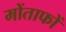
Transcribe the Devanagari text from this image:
मोंताफों